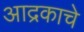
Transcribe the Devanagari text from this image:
आद्रकाचे